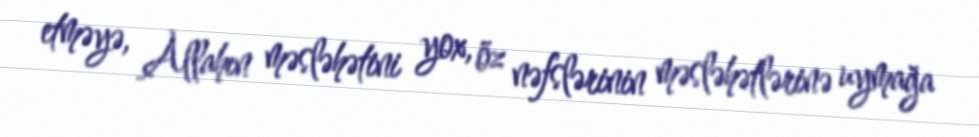
etməyə, Allahın məsləhətini yox, öz nəfslərinin məsləhətlərinə uymağa